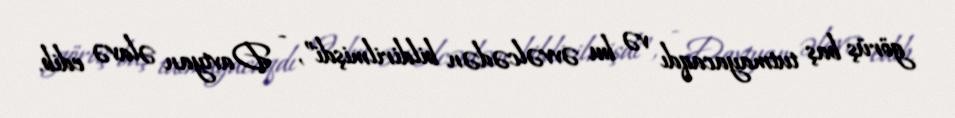
görüş baş tutmayacaqdı və bu əvvəlcədən bildirilmişdi”, - Davtyan əlavə edib.